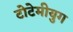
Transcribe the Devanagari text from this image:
टोटेमीयुग